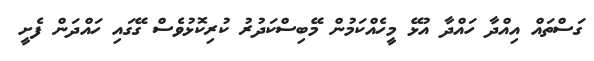
ގަސްތައް އިއްދާ ހައްދާ އުޅޭ މީހެއްކަމުން މޭބިސްކަދުރު ކުރިކޮޅުވެސް ގޭގައި ހައްދަން ފެށީ